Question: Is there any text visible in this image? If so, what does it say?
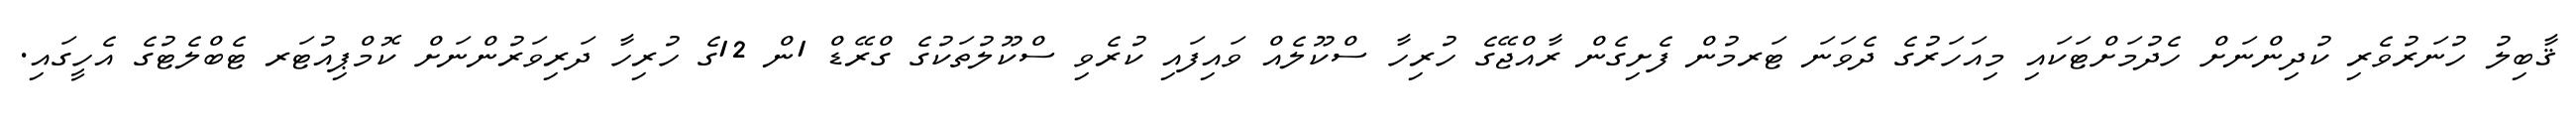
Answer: ޤާބިލު ހުނަރުވެރި ކުދިންނަށް ހެދުމަށްޓަކައި މިއަހަރުގެ ދެވަނަ ޓަރމުން ފެށިގެން ރާއްޖޭގެ ހުރިހާ ސްކޫލެއް ވައިފައި ކުރެވި ސްކޫލުތަކުގެ ގްރޭޑް 1ން 12ގެ ހުރިހާ ދަރިވަރުންނަށް ކޮމްޕިއުޓަރ ޓެބްލެޓުގެ އެހީގައި.